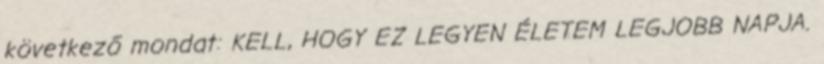
következő mondat: KELL, HOGY EZ LEGYEN ÉLETEM LEGJOBB NAPJA.